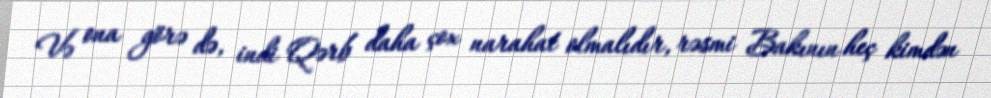
Və ona görə də, indi Qərb daha çox narahat olmalıdır, rəsmi Bakının heç kimdən